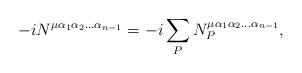
LaTeX: \begin{align*}-iN^{\mu\alpha_1\alpha_2\ldots\alpha_{n-1}}=-i\sum_{P}N^{\mu\alpha_1\alpha_2\ldots\alpha_{n-1}}_{P},\end{align*}